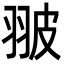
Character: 翍